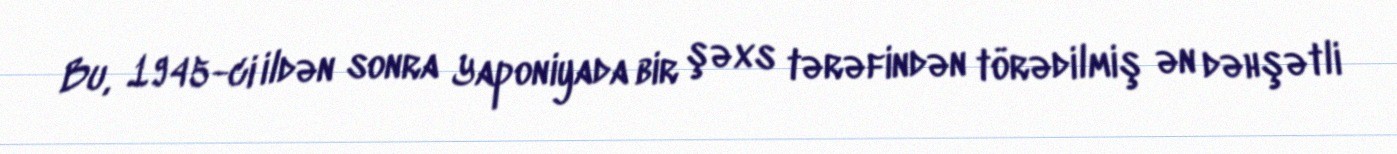
Bu, 1945-ci ildən sonra Yaponiyada bir şəxs tərəfindən törədilmiş ən dəhşətli